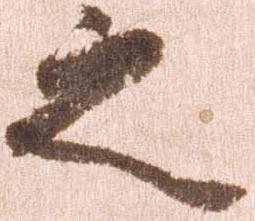
之